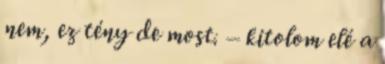
nem, ez tény de most. – kitolom elé a